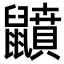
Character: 𪖅